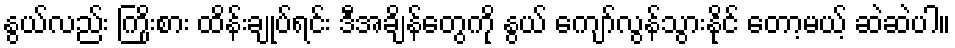
နွယ်လည်း ကြိုးစား ထိန်းချုပ်ရင်း ဒီအချိန်တွေကို နွယ် ကျော်လွန်သွားနိုင် တော့မယ့် ဆဲဆဲပါ။